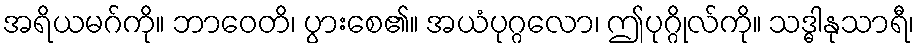
အရိယမဂ်ကို။ ဘာဝေတိ၊ ပွားစေ၏။ အယံပုဂ္ဂလော၊ ဤပုဂ္ဂိုလ်ကို။ သဒ္ဓါနုသာရီ၊